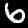
Label: 6